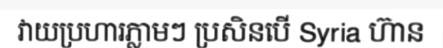
វាយប្រហារភ្លាមៗ ប្រសិនបើ Syria ហ៊ាន